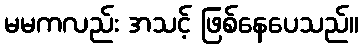
မမကလည်း အသင့် ဖြစ်နေပေသည်။